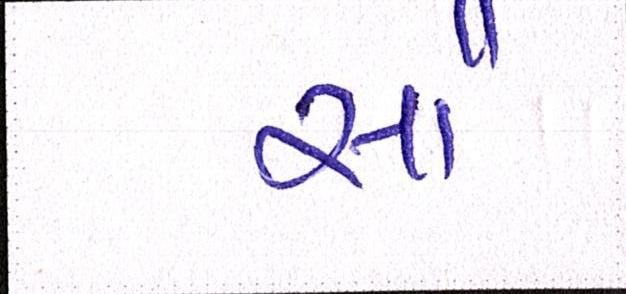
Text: સૌ